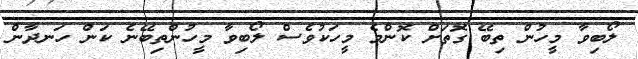
ލޯބިވާ މީހުން ތިބޭ ގޮތަށް ކޮންމެ މީހަކުވެސް ލޯބިވާ މީހުންތިބޭނެ ކަން ހަނދާން